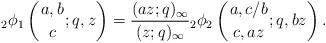
LaTeX: \begin{align*}{}_2\phi_1 \left(\genfrac{}{}{0pt}{}{a,b}{c};q,z\right) = \frac{(az;q)_\infty}{(z;q)_\infty}{}_2\phi_2 \left(\genfrac{}{}{0pt}{}{a,c/b}{c,az};q,bz\right).\end{align*}